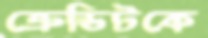
ক্রেডিটকে